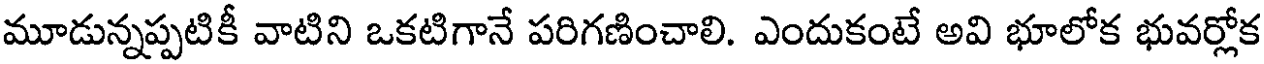
మూడున్నప్పటికీ వాటిని ఒకటిగానే పరిగణించాలి. ఎందుకంటే అవి భూలోక భువర్లోక